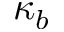
\kappa _ { b }